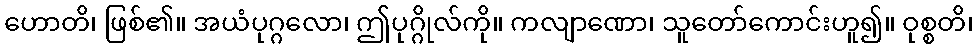
ဟောတိ၊ ဖြစ်၏။ အယံပုဂ္ဂလော၊ ဤပုဂ္ဂိုလ်ကို။ ကလျာဏော၊ သူတော်ကောင်းဟူ၍။ ဝုစ္စတိ၊